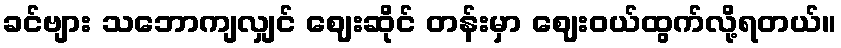
ခင်ဗျား သဘောကျလျှင် ဈေးဆိုင် တန်းမှာ ဈေးဝယ်ထွက်လို့ရတယ်။